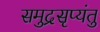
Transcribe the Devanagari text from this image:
समुद्रसृप्यंतु